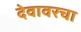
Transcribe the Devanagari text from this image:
देवावरचा